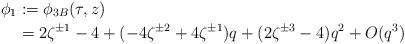
LaTeX: \begin{align*} \phi_1 &:= \phi_{3B}(\tau, z) \\ &= 2 \zeta^{\pm 1} - 4 + (-4 \zeta^{\pm 2} + 4 \zeta^{\pm 1}) q + (2 \zeta^{\pm 3} - 4) q^2 + O(q^3) \end{align*}